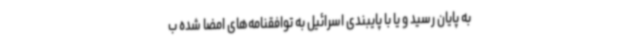
به پایان رسید و یا با پایبندی اسرائیل به توافقنامه‌های امضا شده ب